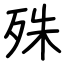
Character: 殊